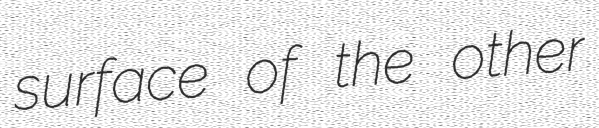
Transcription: surface of the other